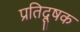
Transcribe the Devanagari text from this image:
प्रतिदूषक